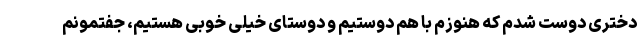
دختری دوست شدم که هنوزم با هم دوستیم و دوستای خیلی خوبی هستیم، جفتمونم